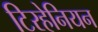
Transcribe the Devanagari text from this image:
टिरहेनियन